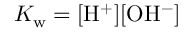
K _ { \mathrm { w } } = \mathrm { [ H ^ { + } ] [ O H ^ { - } ] }